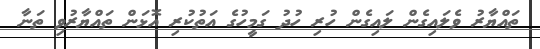
ތައްޔާރު ވެލައިގެން ލައިގެން ހުރި ހުދު ގަމީހުގެ އަތުކުރި އޮޅަން ތައްޔާރުވި ތަނާ